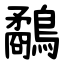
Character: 鷸